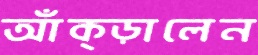
আঁক্‌ড়ালেন